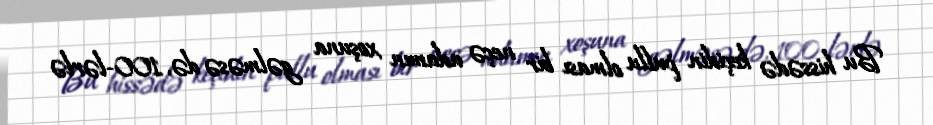
Bu hissədə keçidin pullu olması bir neçə adamın xoşuna gəlməsə də, 100-lərlə